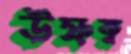
উষ্ণত্ব